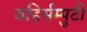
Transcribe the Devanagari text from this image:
बहिर्सम्पुटी